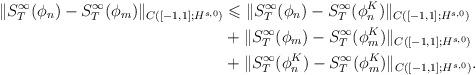
LaTeX: \begin{align*}\| S_T^{\infty}(\phi_n) - S_T^{\infty}(\phi_m)\|_{C([-1,1];H^{s,0})}&\leqslant \| S_T^{\infty}(\phi_n) - S_T^{\infty}(\phi_n^K)\|_{C([-1,1]; H^{s,0})} \\&+ \| S_T^{\infty}(\phi_m) - S_T^{\infty}(\phi_m^K)\|_{C([-1,1];H^{s,0})} \\&+ \| S_T^{\infty}(\phi_n^K) - S_T^{\infty}(\phi_m^K)\|_{C([-1,1]; H^{s,0})}.\end{align*}